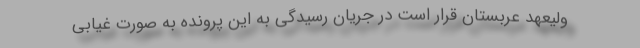
ولیعهد عربستان قرار است در جریان رسیدگی به این پرونده به صورت غیابی